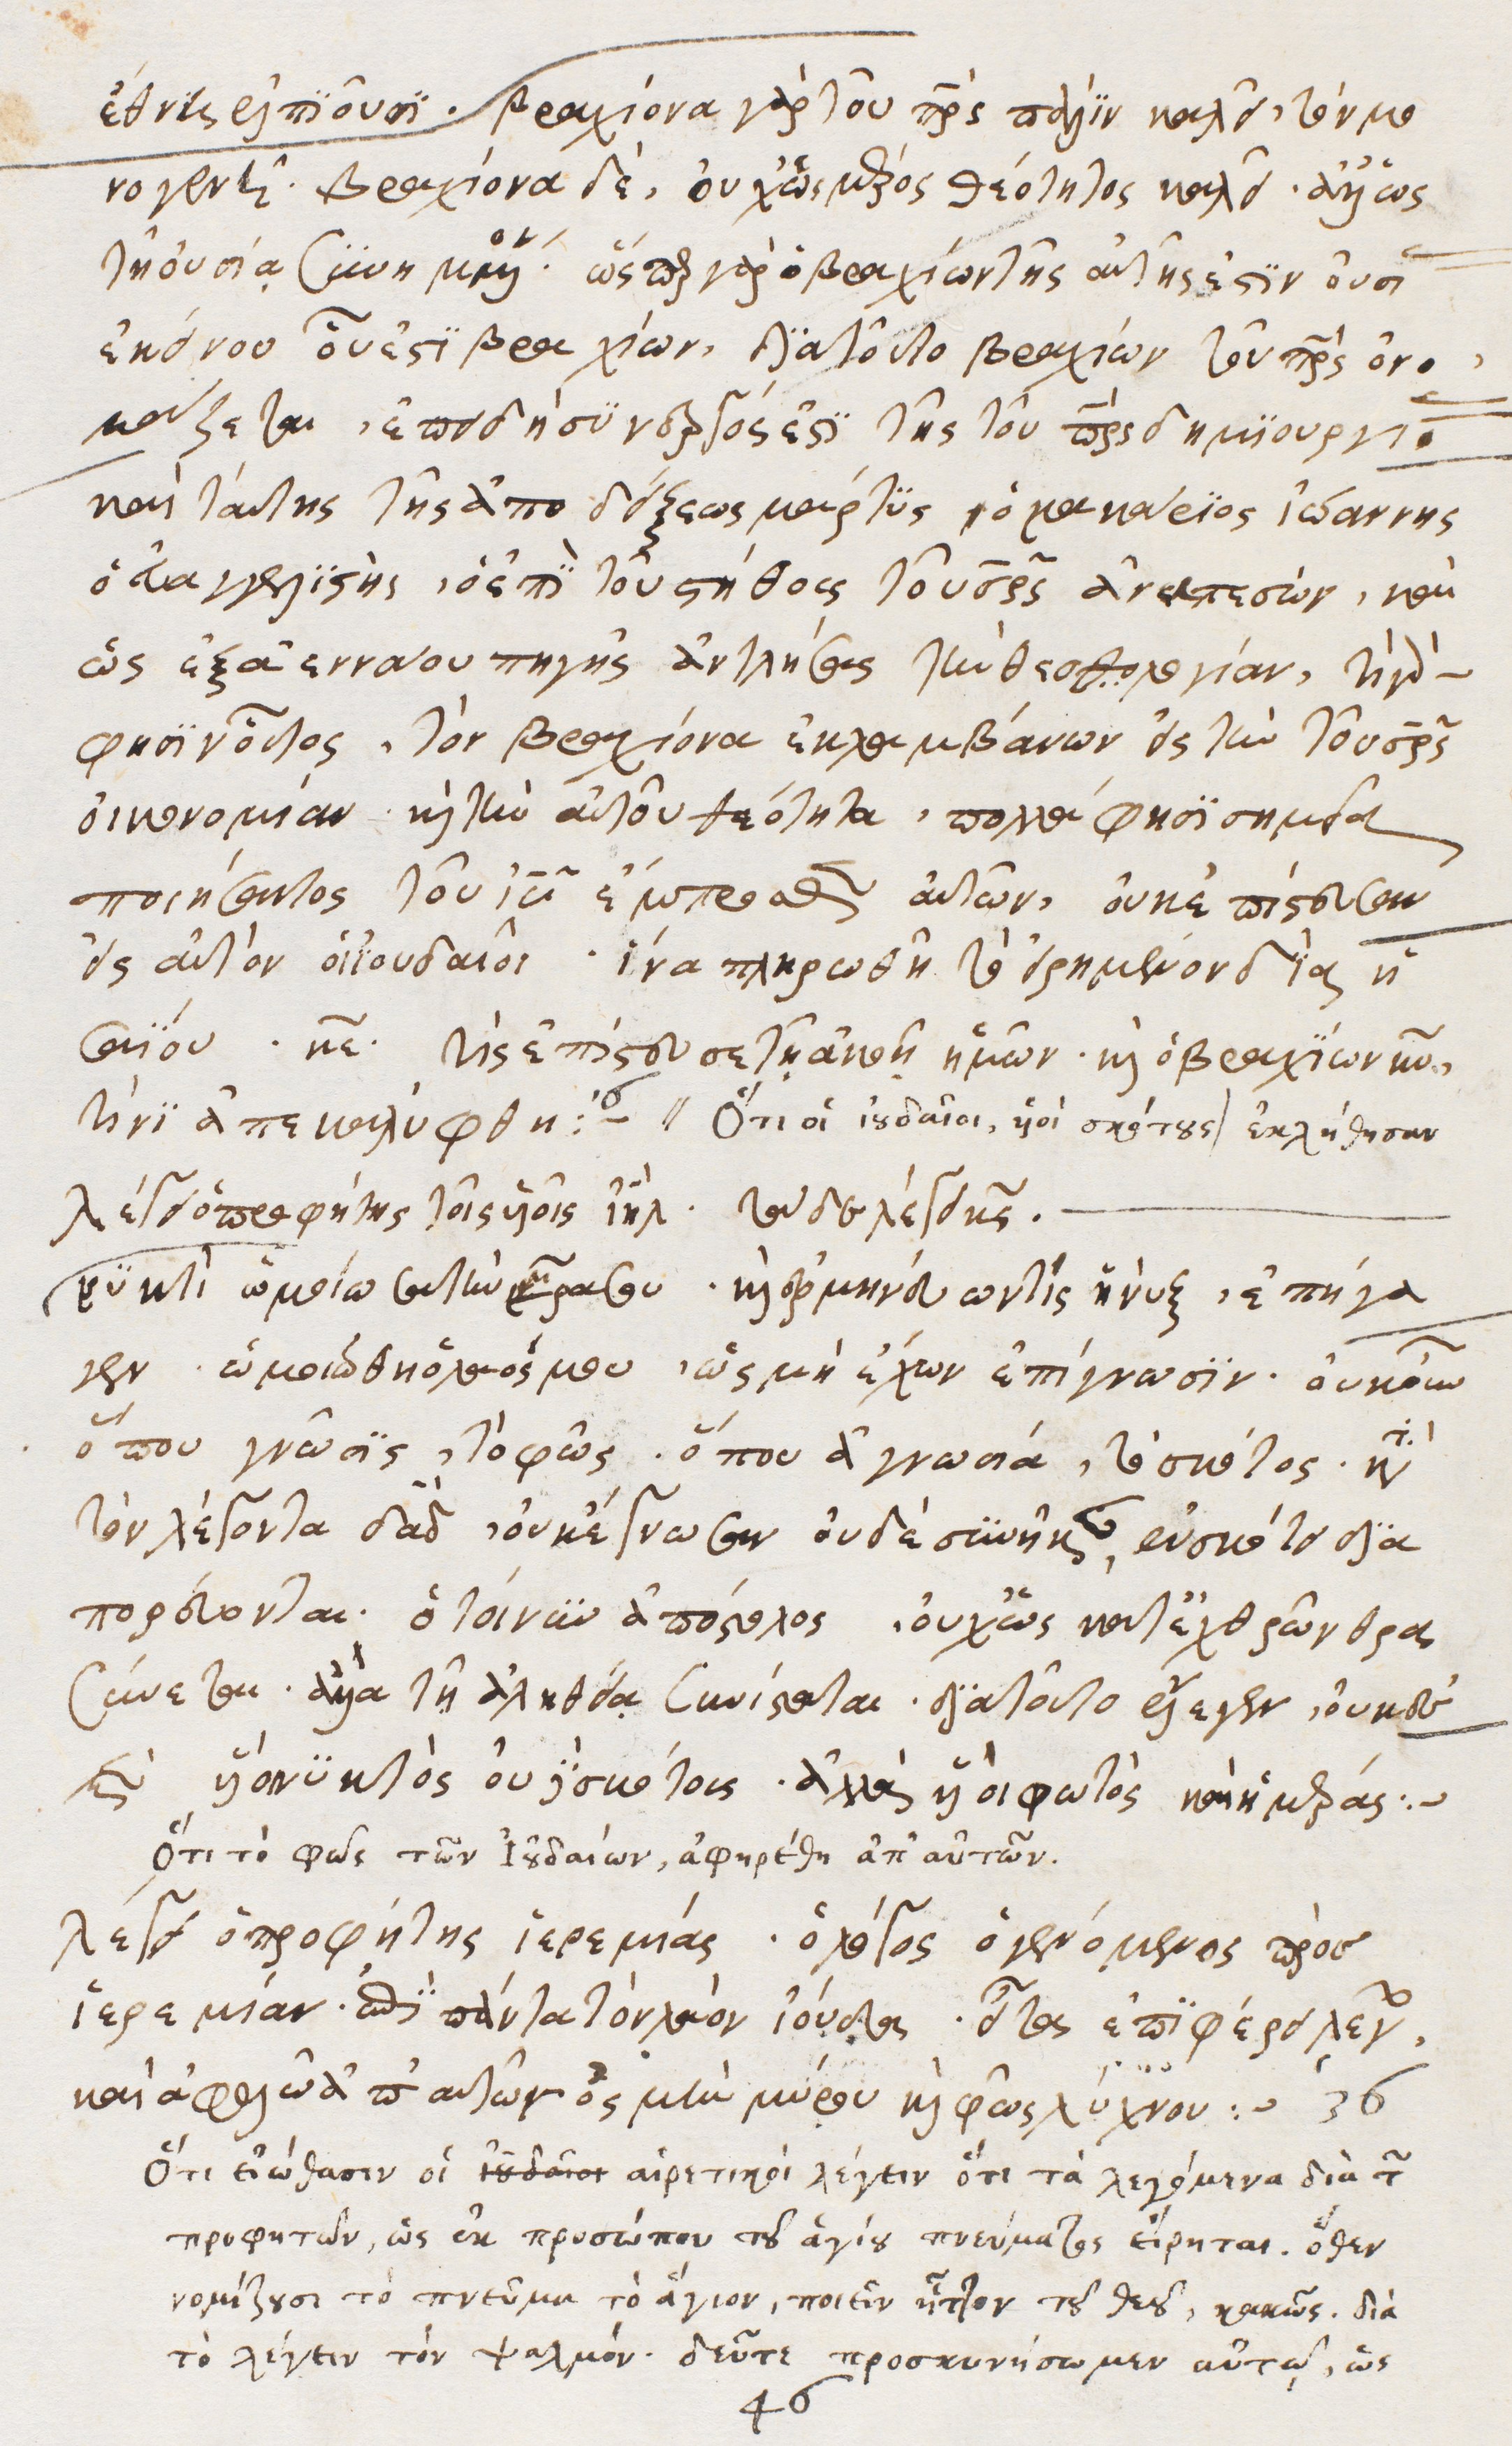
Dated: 1540–1560